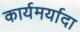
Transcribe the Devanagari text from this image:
कार्यमर्यादा